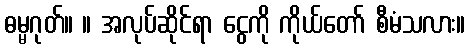
ဓမ္မဂုတ်။ ။ အလုပ်ဆိုင်ရာ ငွေကို ကိုယ်တော် စီမံသလား။